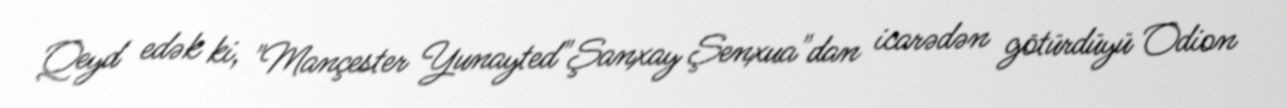
Qeyd edək ki, "Mançester Yunayted"Şanxay Şenxua"dan icarədən götürdüyü Odion